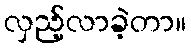
လှည့်လာခဲ့တာ။